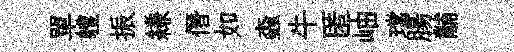
單軆振縑僭如螙牛匿岫璫腸黼